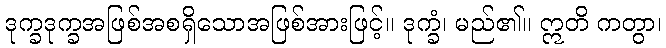
ဒုက္ခဒုက္ခအဖြစ်အစရှိသောအဖြစ်အားဖြင့်။ ဒုက္ခံ၊ မည်၏။ ဣတိ ကတွာ၊